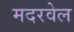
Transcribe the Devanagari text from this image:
मदरवेल